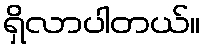
ရှိလာပါတယ်။